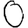
Digit: 0